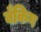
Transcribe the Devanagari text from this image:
बँकिग